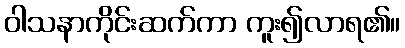
ဝါသနာကိုင်းဆက်ကာ ကူး၍လာရ၏။